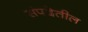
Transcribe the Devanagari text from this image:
संपदेतील